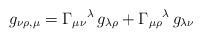
LaTeX: \begin{align*}g_{\nu \rho ,\mu }=\Gamma _{\mu \nu }{}^{\lambda }\, g_{\lambda \rho }+\Gamma _{\mu \rho }{}^{\lambda }\, g_{\lambda \nu }\end{align*}